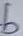
Text: b